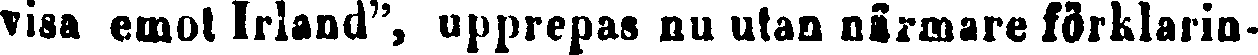
visa emot Irland", upprepas nu utan närmare förklarin-